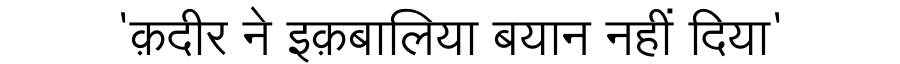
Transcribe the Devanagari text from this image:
'क़दीर ने इक़बालिया बयान नहीं दिया'